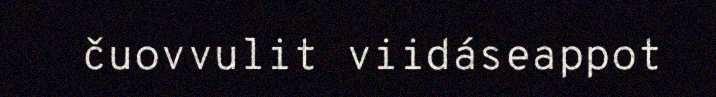
čuovvulit viidáseappot